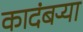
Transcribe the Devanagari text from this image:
कादंबऱ्‍या